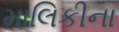
માલિકીના